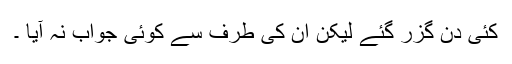
کئی دن گزر گئے لیکن ان کی طرف سے کوئی جواب نہ آیا ۔